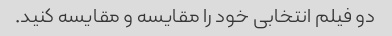
دو فیلم انتخابی خود را مقایسه و مقایسه کنید.